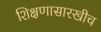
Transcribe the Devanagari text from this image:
शिक्षणासारखीच